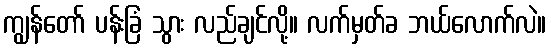
ကျွန်တော် ပန်းခြံ သွား လည်ချင်လို့။ လက်မှတ်ခ ဘယ်လောက်လဲ။